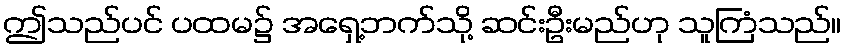
ဤသည်ပင် ပထမ၌ အရှေ့ဘက်သို့ ဆင်းဦးမည်ဟု သူကြံသည်။